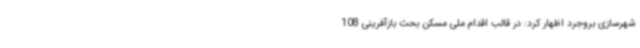
شهرسازی بروجرد اظهار کرد: در قالب اقدام ملی مسکن بحث بازآفرینی 108